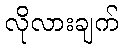
လိုလားချက်